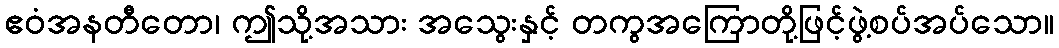
ဧဝံအနတီတော၊ ဤသို့အသား အသွေးနှင့် တကွအကြောတို့ဖြင့်ဖွဲ့စပ်အပ်သော။